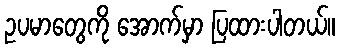
ဥပမာတွေကို အောက်မှာ ပြထားပါတယ်။